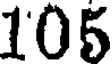
105